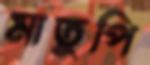
মাতুপি